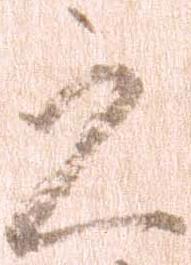
之